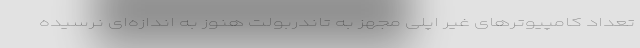
تعداد کامپیوترهای غیر اپلی مجهز به تاندربولت هنوز به اندازه‌ای نرسیده